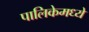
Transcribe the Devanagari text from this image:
पालिकेमध्ये